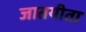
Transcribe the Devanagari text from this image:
जातयीता